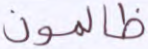
ظالمون